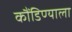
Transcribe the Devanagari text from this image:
कौंडिण्याला